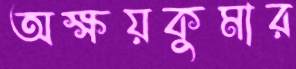
অক্ষয়কুমার